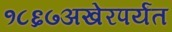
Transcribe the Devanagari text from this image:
१८६७अखेरपर्यंत